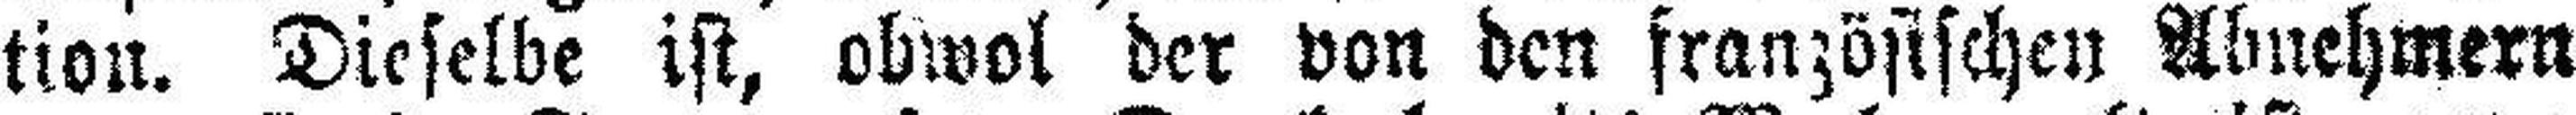
tion. Dieselbe ist, obwol der von den französischen Abnehmern